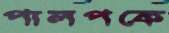
পালপকে